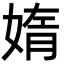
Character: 媠